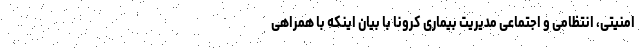
امنیتی، انتظامی و اجتماعی مدیریت بیماری کرونا با بیان اینکه با همراهی